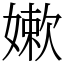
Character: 嫰